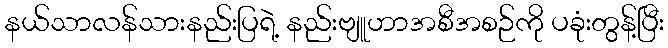
နယ်သာလန်သားနည်းပြရဲ့ နည်းဗျူဟာအစီအစဉ်ကို ပခုံးတွန့်ပြီး